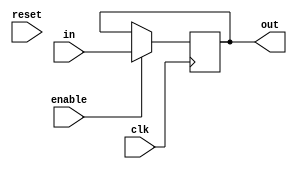
module register(
  input wire [WIDTH-1:0] in,
  input wire clk,
  input wire reset,
  input wire enable,
  output reg [WIDTH-1:0] out
);

  parameter WIDTH = 8;

  always @(posedge clk) begin
    if (enable)
      out <= in;
  end

endmodule